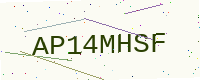
Text: AP14MHSF